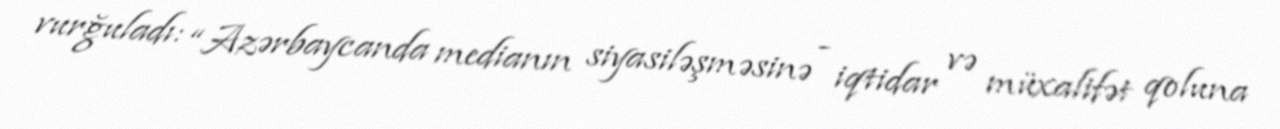
vurğuladı: “Azərbaycanda medianın siyasiləşməsinə - iqtidar və müxalifət qoluna